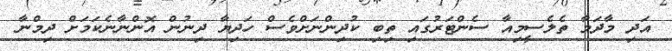
އަދި މާދަމާ ތެލެސީމިއާ ސެންޓަރުގައި ތިބި ކުދިންނަށްވެސް ހަދިޔާ ދިނުން އޮންނާނެކަމަށް ދިމްނާ